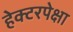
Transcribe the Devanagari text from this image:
हेक्टरपेक्षा